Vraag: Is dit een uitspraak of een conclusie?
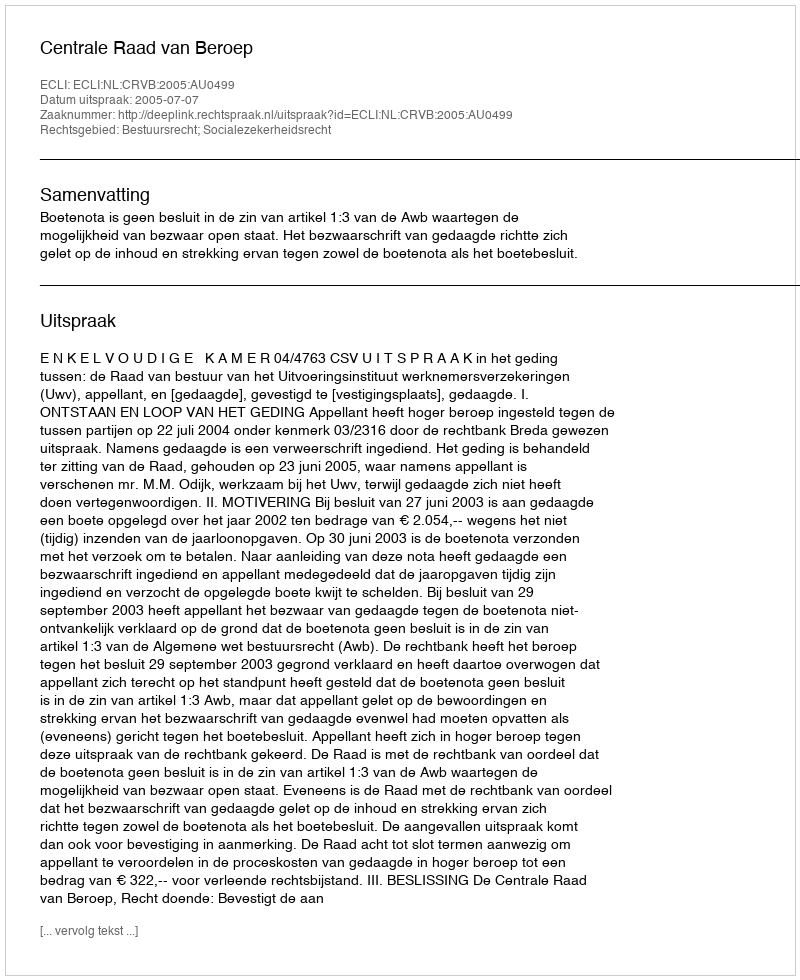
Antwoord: Uitspraak